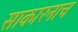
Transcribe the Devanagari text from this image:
साकारनाच